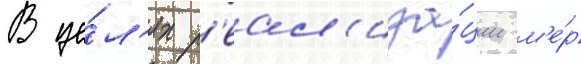
В це́л'ях р'еал'иза́ции м'е́р